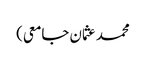
محمد عثمان جامعی)